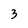
Character: 3